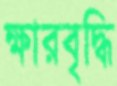
ক্ষারবৃদ্ধি